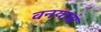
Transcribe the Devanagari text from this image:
वनयात्रा